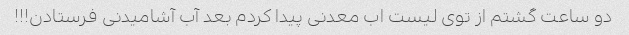
دو ساعت گشتم از توی لیست اب معدنی پیدا کردم بعد آب آشامیدنی فرستادن!!!